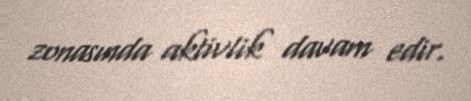
zonasında aktivlik davam edir.